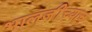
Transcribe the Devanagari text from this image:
भालजींच्याच